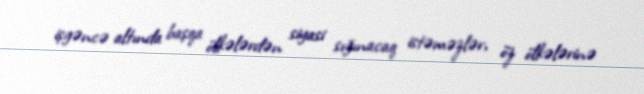
işgəncə altında başqa ölkələrdən siyasi sığınacaq istəməzlər, öz ölkələrinə